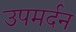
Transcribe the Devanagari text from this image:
उपमर्दन